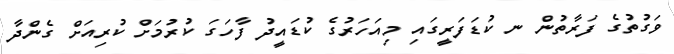
ވަގުތުގެ ފަރާތުން ނ ކުޑަފަރީގައި މިއަހަރުގެ ކުޑައީދު ފާހަގަ ކުރުމަށް ކުރިއަށް ގެންދާ